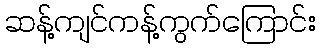
ဆန့်ကျင်ကန့်ကွက်ကြောင်း